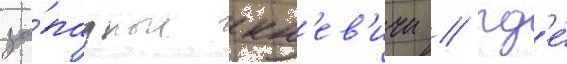
за́падные кн'ев'ичи / гд'е́